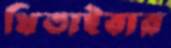
থিতাইবার